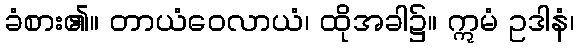
ခံစား၏။ တာယံဝေလာယံ၊ ထိုအခါ၌။ ဣမံ ဥဒါနံ၊